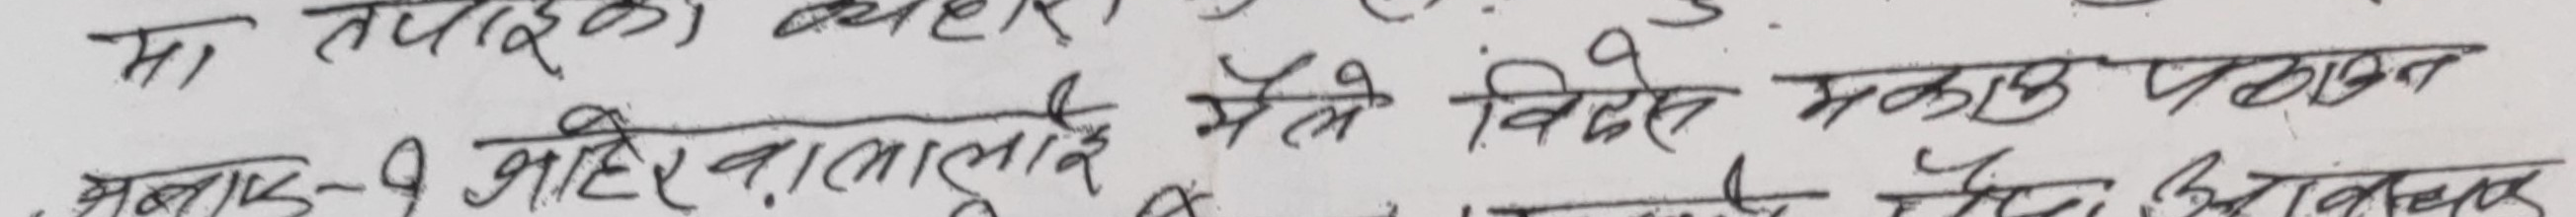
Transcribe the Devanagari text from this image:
मा तपाइको व्यवहार,
भन्नाक-१ आईरवालालाई मैले विषेश मकाउ पाल्न